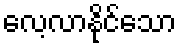
လေ့လာနိုင်သော